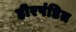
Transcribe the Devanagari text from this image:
हीरपंडित